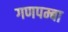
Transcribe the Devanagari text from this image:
गणपम्बा